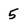
Character: 5